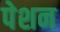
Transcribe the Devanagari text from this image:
पेशन